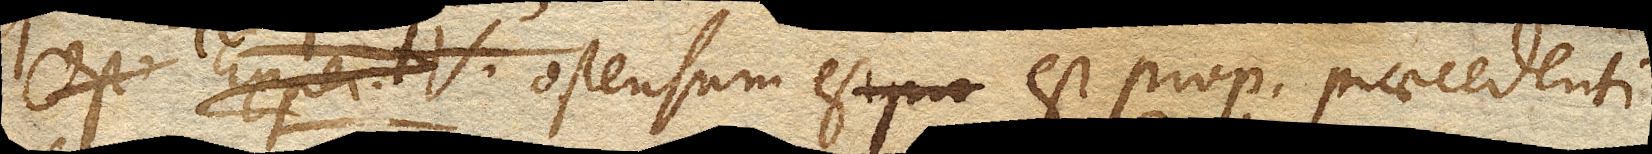
Ostensum est prop. praecedenti